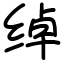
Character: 绰